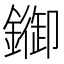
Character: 䥏